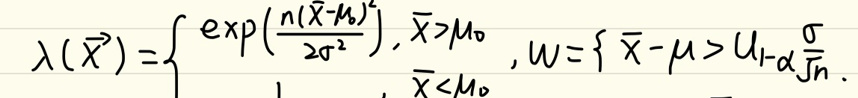
\(\lambda(\bar{X})=\begin{cases}
\exp\left(\frac{n(\bar{X}-\mu_0)^2}{2\sigma^2}\right), & \bar{X}>\mu_0\\
1, & \bar{X}<\mu_0
\end{cases},\ W=\int_{\bar{X}-\mu>0}d\bar{X}.\)